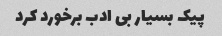
پیک بسیار بی ادب برخورد کرد